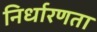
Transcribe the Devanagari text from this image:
निर्धारणता